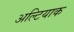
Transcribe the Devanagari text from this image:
अल्टियाक